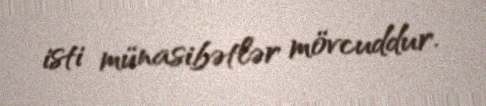
isti münasibətlər mövcuddur.